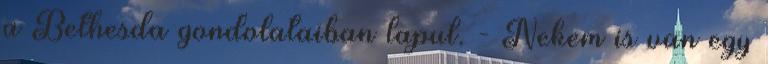
a Bethesda gondolataiban lapul. - Nekem is van egy